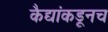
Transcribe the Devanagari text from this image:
कैद्यांकडूनच